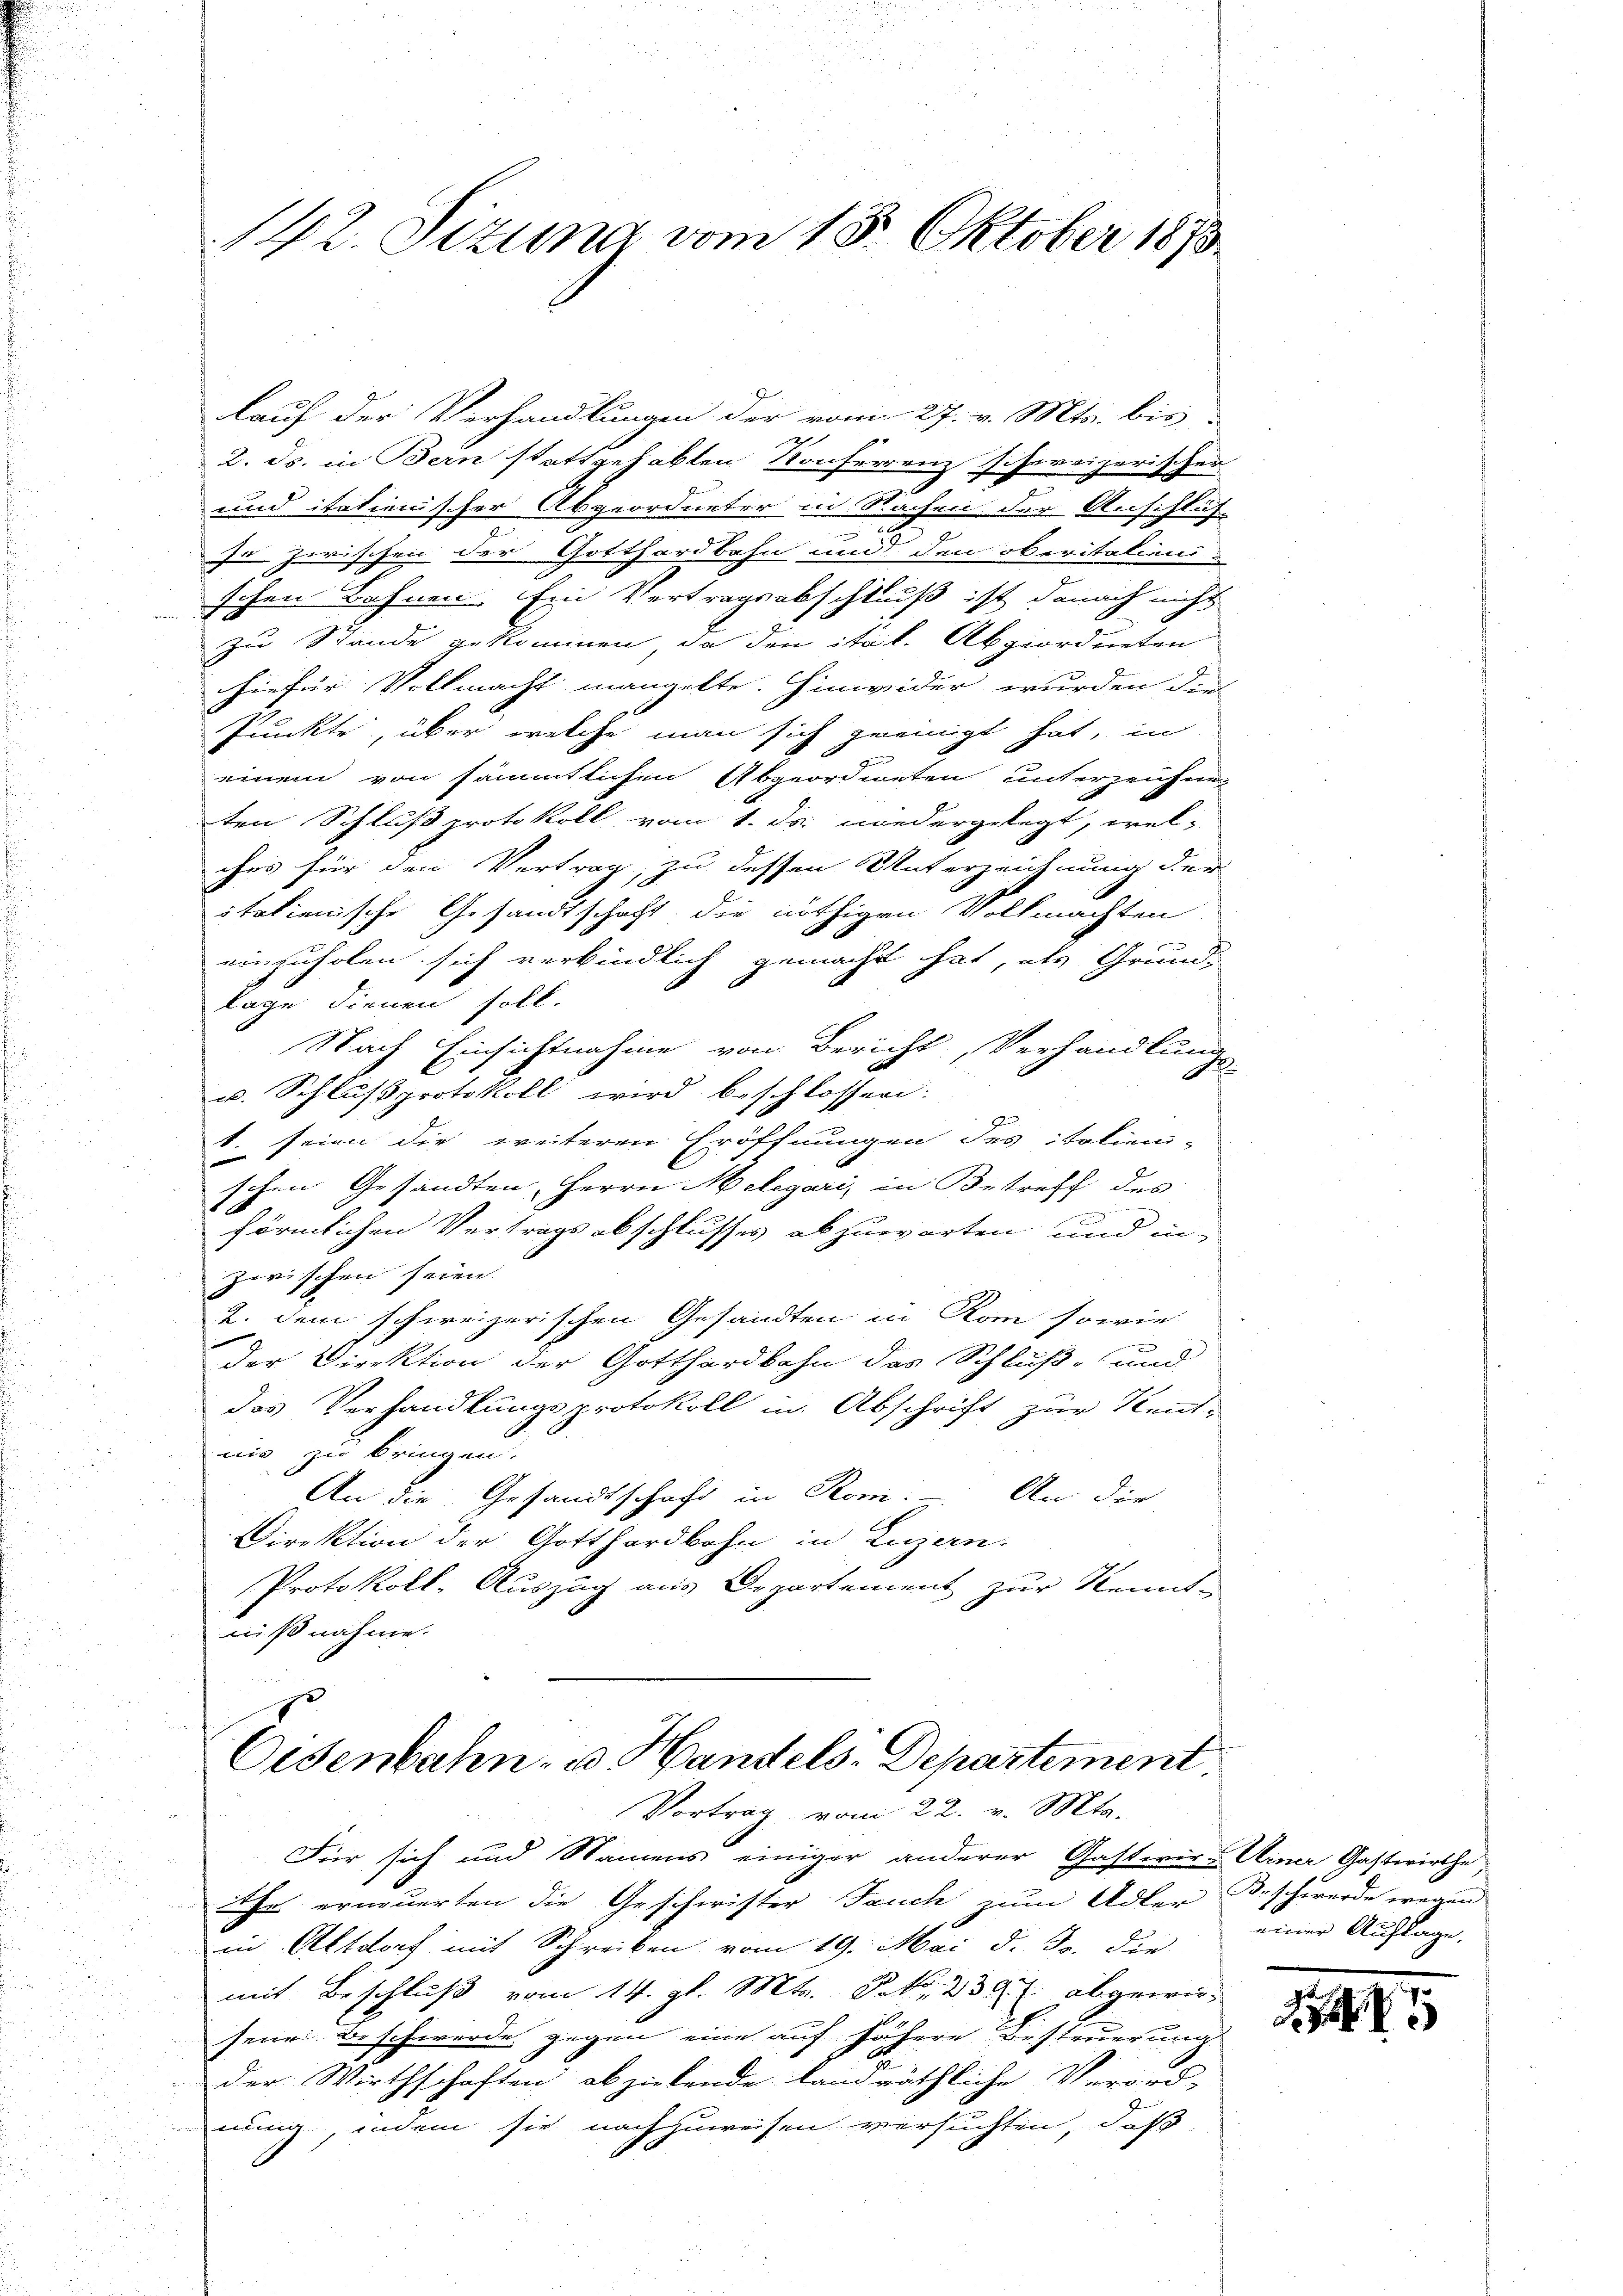
142. Sizung vom 15. Oktober 1873.

lauf der Verhandlungen der vom 27. v. Mts. bis
2. ds. in Bern stattgehabten Konferenz schweizerischen
und itationischer Abgeordneter in Sachen der Anschlüf-
e
In zwischen der Gotthardbahn und den oberitalieni-
schen Bahnen. Ein Vertragsabschluß ist danach nicht

zu Stande gekommen, da den ital. Abgeordneten
hiefür Vollmacht mangelte. Hinwider wurden die
Punkte, über welche man sich geeinigt hat, in
einem von sämmtlichen Abgeordneten unterzeichnen
ten Schluß protokoll vom 1. ds. wiedergelegt, wel-
ches für den Vertrag, zu dessen Unterzeichnung der
italienische Gesandtschaft die nöthigen Vollmachten
einzuholen sich verbindlich gemacht hat, als Grund-
lage dienen soll.
Nach Einsichtnahme von Bericht, Verhandlung
u. Schlußprotokoll wird beschlossen:
1. seien die weiteren Eröffnungen des Tolien-
schen Gesandten, Herrn Melegari, in Betreff des
n
förmlichen Vertragsabschlusses abzuwarten und in
zwischen seien.
2. dem schweizerischen Gesandten in Rom sowie
der Direktion der Gotthardbahn des Schluß- und
das Verhandlungsprotokoll in Abschrift zur Kent-
nis zu bringen.
An die Gesandtschaft in Roni. — An die
Direktion der Gotthardbahn in Luzern.
Protokoll-Auszug aus Departement zur Kenntnißnahme.

Eisenbahn- u. Handels-Departement.
Vortrag vom 22. Mts.

.
Für sich und Namens einiger anderer Gasterirt einer Gastwirthe
¬
ihr erneuerten die Geschwister Fauch zum Adler Beschwerde wegen
in Altdorf mit Schreiben vom 19. Mai d. Js. die
mit Beschluß vom 14. gl. Mts. Deko. 239 f. abgewirseur. Beschwerde gegen eine auf höhere Besteuerung
der Wirthschaften abzielende landräthliche Verord-
nung, indem sie nachzuweisen versuchten, daß

einer Auflage.

14